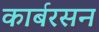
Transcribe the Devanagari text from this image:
कार्बरसन